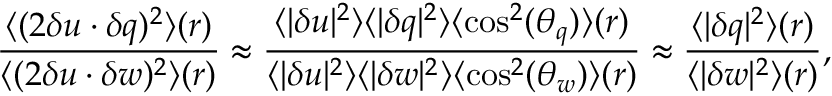
{ \frac { \langle ( 2 \delta \boldsymbol { u } \cdot \delta \boldsymbol { q } ) ^ { 2 } \rangle ( \boldsymbol { r } ) } { \langle ( 2 \delta \boldsymbol { u } \cdot \delta \boldsymbol { w } ) ^ { 2 } \rangle ( \boldsymbol { r } ) } \approx \frac { \langle | \delta \boldsymbol { u } | ^ { 2 } \rangle \langle | \delta \boldsymbol { q } | ^ { 2 } \rangle \langle \mathrm { c o s } ^ { 2 } ( \theta _ { q } ) \rangle ( \boldsymbol { r } ) } { \langle | \delta \boldsymbol { u } | ^ { 2 } \rangle \langle | \delta \boldsymbol { w } | ^ { 2 } \rangle \langle \mathrm { c o s } ^ { 2 } ( \theta _ { w } ) \rangle ( \boldsymbol { r } ) } \approx \frac { \langle | \delta \boldsymbol { q } | ^ { 2 } \rangle ( \boldsymbol { r } ) } { \langle | \delta \boldsymbol { w } | ^ { 2 } \rangle ( \boldsymbol { r } ) } } ,